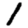
Digit: 1